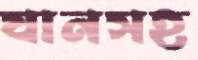
যানসহ